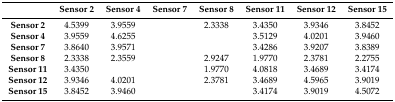
<table><thead><tr><td>[EMPTY_CELL]</td><td><b>Sensor 2</b></td><td><b>Sensor 4</b></td><td><b>Sensor 7</b></td><td><b>Sensor 8</b></td><td><b>Sensor 11</b></td><td><b>Sensor 12</b></td><td><b>Sensor 15</b></td></tr></thead><tbody><tr><td><b>Sensor 2</b></td><td>4.5399</td><td>3.9559</td><td>[EMPTY_CELL]</td><td>2.3338</td><td>3.4350</td><td>3.9346</td><td>3.8452</td></tr><tr><td><b>Sensor 4</b></td><td>3.9559</td><td>4.6255</td><td>[EMPTY_CELL]</td><td>[EMPTY_CELL]</td><td>3.5129</td><td>4.0201</td><td>3.9460</td></tr><tr><td><b>Sensor 7</b></td><td>3.8640</td><td>3.9571</td><td>[EMPTY_CELL]</td><td>[EMPTY_CELL]</td><td>3.4286</td><td>3.9207</td><td>3.8389</td></tr><tr><td><b>Sensor 8</b></td><td>2.3338</td><td>2.3559</td><td>[EMPTY_CELL]</td><td>2.9247</td><td>1.9770</td><td>2.3781</td><td>2.2755</td></tr><tr><td><b>Sensor 11</b></td><td>3.4350</td><td>[EMPTY_CELL]</td><td>[EMPTY_CELL]</td><td>1.9770</td><td>4.0818</td><td>3.4689</td><td>3.4174</td></tr><tr><td><b>Sensor 12</b></td><td>3.9346</td><td>4.0201</td><td>[EMPTY_CELL]</td><td>2.3781</td><td>3.4689</td><td>4.5965</td><td>3.9019</td></tr><tr><td><b>Sensor 15</b></td><td>3.8452</td><td>3.9460</td><td>[EMPTY_CELL]</td><td>[EMPTY_CELL]</td><td>3.4174</td><td>3.9019</td><td>4.5072</td></tr></tbody></table>